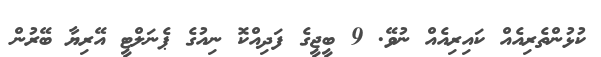
ކުޅުންތެރިއެއް ކައިރިއެއް ނުވޭ. 9 ބީޖީގެ ފަދިއްކޮ ނިއުގެ ޕެނަލްޓީ އޭރިޔާ ބޭރުން